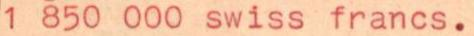
1 850 000 swiss francs.